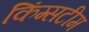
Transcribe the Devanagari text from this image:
किंग्सटीम